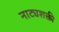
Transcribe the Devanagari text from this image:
नाट्यशक्ती